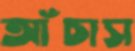
আঁচাস